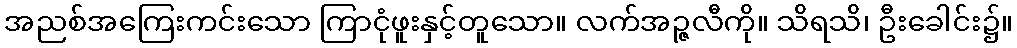
အညစ်အကြေးကင်းသော ကြာငုံဖူးနှင့်တူသော။ လက်အဉ္ဇလီကို။ သိရသိ၊ ဦးခေါင်း၌။